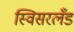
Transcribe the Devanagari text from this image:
स्विसरलँड